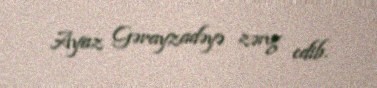
Ayaz Gərayzadəyə zəng edib.